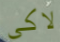
لاكي